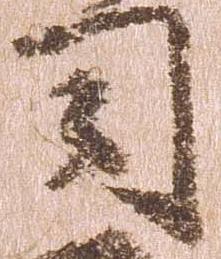
司